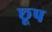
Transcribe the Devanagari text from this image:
छूप